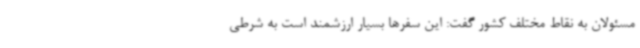
مسئولان به نقاط مختلف کشور گفت: این سفرها بسیار ارزشمند است به شرطی